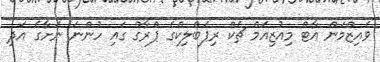
ވެއިޒްމަން އާޓް މިއުޒިއަމް ޗެކް ރިޕަބްލިކްގެ ޕްރާގް ގައި ހުންނަ ނަށާގެ އަދި